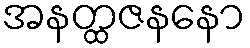
အနတ္ထဇနနော